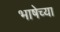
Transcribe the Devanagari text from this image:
भाषेच्‍या